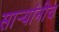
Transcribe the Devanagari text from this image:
सार्‍यांनीच